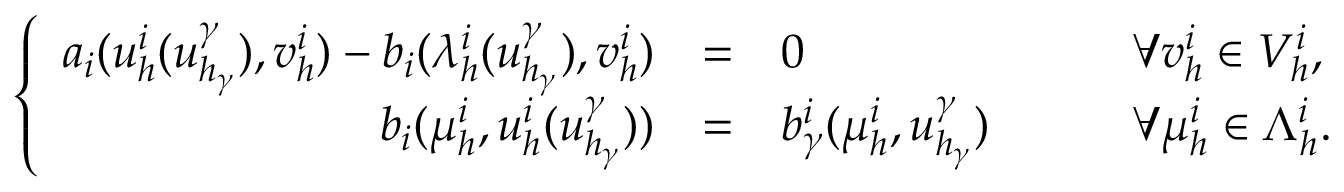
\left\{ \begin{array} { r c l l } { a _ { i } ( u _ { h } ^ { i } ( u _ { h _ { \gamma } } ^ { \gamma } ) , v _ { h } ^ { i } ) - b _ { i } ( \lambda _ { h } ^ { i } ( u _ { h _ { \gamma } } ^ { \gamma } ) , v _ { h } ^ { i } ) } & { = } & { 0 } & { \qquad \forall v _ { h } ^ { i } \in V _ { h } ^ { i } , } \\ { b _ { i } ( \mu _ { h } ^ { i } , u _ { h } ^ { i } ( u _ { h _ { \gamma } } ^ { \gamma } ) ) } & { = } & { b _ { \gamma } ^ { i } ( \mu _ { h } ^ { i } , u _ { h _ { \gamma } } ^ { \gamma } ) } & { \qquad \forall \mu _ { h } ^ { i } \in \Lambda _ { h } ^ { i } . } \end{array} \right.